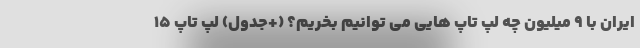
ایران با 9 میلیون چه لپ تاپ هایی می توانیم بخریم؟ (+جدول) لپ تاپ 15